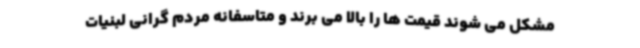
مشکل می شوند قیمت ها را بالا می برند و متاسفانه مردم گرانی لبنیات